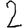
Digit: 2